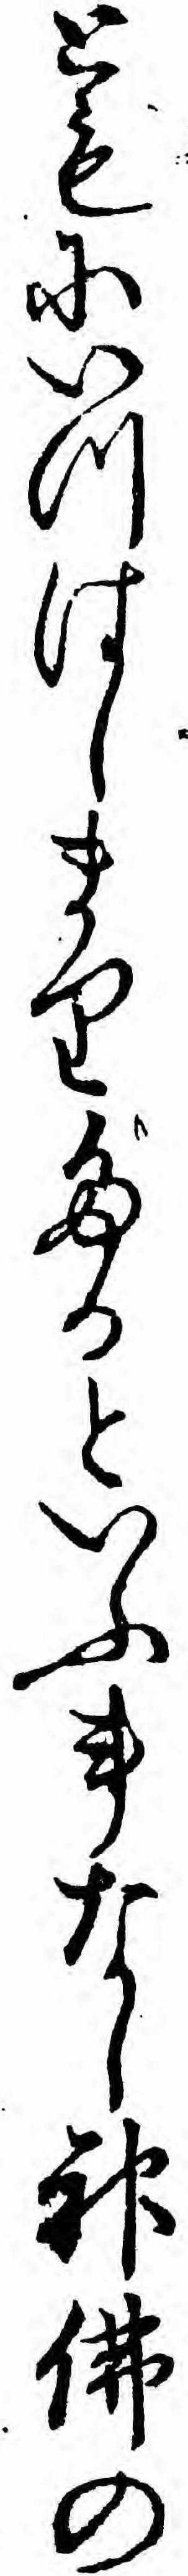
ともにいつはしまりたるといふ事なし神仏の